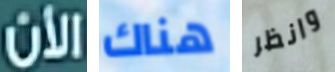
الأن هناك وانظر